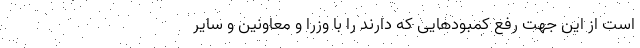
است از این جهت رفع کمبودهایی که دارند را با وزرا و معاونین و سایر